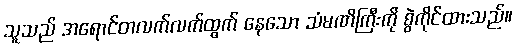
သူသည် အရောင်တလက်လက်ထွက် နေသော သံမဏိကြီးကို စွဲကိုင်ထားသည်။